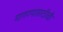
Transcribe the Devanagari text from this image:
मागण्यासाठीची